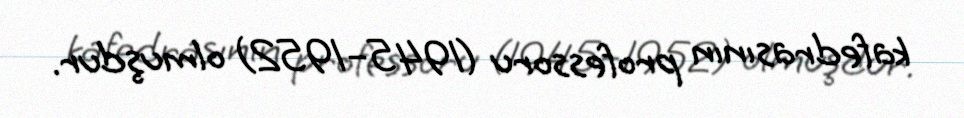
kafedrasının professoru (1945–1952) olmuşdur.